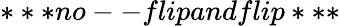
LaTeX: ***no--flipandflip***